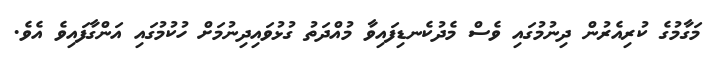
މަގާމުގެ ކުރިއެރުން ދިނުމުގައި ވެސް މެދުކެނޑިފައިވާ މުއްދަތު ގުޅުވައިދިނުމަށް ހުކުމުގައި އަންގާފައިވެ އެވެ.